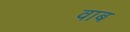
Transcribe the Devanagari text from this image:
वाब